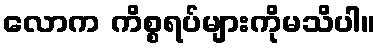
လောက ကိစ္စရပ်များကိုမသိပါ။